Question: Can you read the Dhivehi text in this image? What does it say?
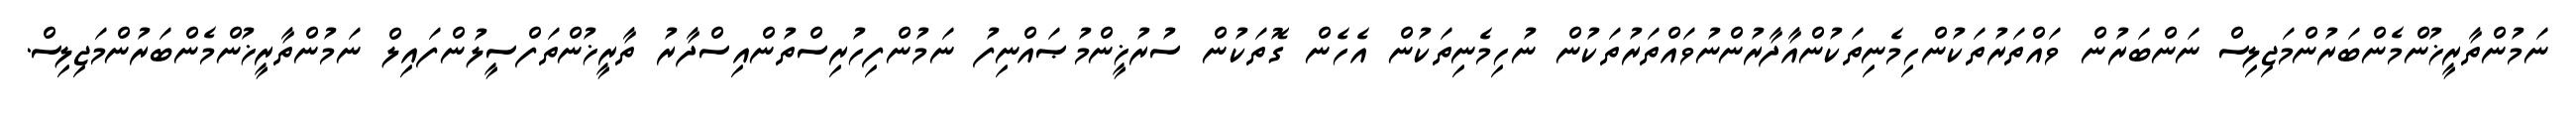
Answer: ނަމުންތާރީޚުންމެންބަރުންމަޖިލިސް ނަންބަރުން ވައްތަރުތަކުންހިމެނިތަކުންއާދާރުންނުވައްތަރުތަކުން ނުހިމެނިތަކުން އެހެން ގޮތަކުން ސުރުޚީންމުޞައްނިފު ނަމުންފިހުރިސްތުންއިސްދާރު ތާރީޚުންތަފްސީލުންފައިލް ނަމުންތާރީޚުންމެންބަރުންމަޖިލިސް.